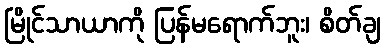
မြိုင်သာယာကို ပြန်မရောက်ဘူး၊ စိတ်ချ